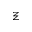
\Xi